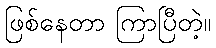
ဖြစ်နေတာ ကြာပြီတဲ့။